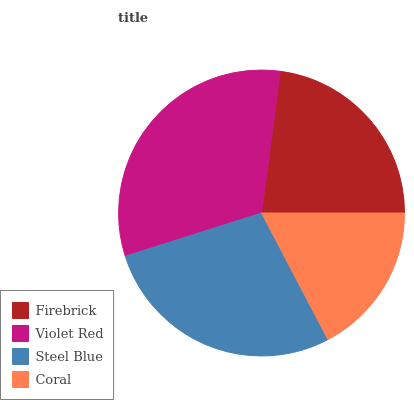
| Firebrick | Violet Red | Steel Blue | Coral |
 | --- | --- | --- | --- |
 | 22.9% | 32% | 27.8% | 17.3% |